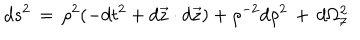
d s ^ { 2 } \, = \, \rho ^ { 2 } ( - d t ^ { 2 } + d \vec { z } \cdot d \vec { z } ) + \rho ^ { - 2 } d \rho ^ { 2 } \, + \, d \Omega _ { 7 } ^ { 2 }